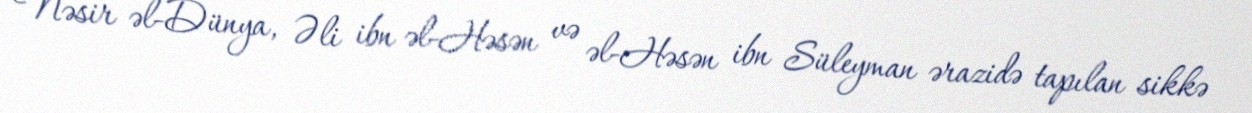
Nəsir əl-Dünya, Əli ibn əl-Həsən və əl-Həsən ibn Süleyman ərazidə tapılan sikkə